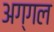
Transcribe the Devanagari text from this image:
अग्गल